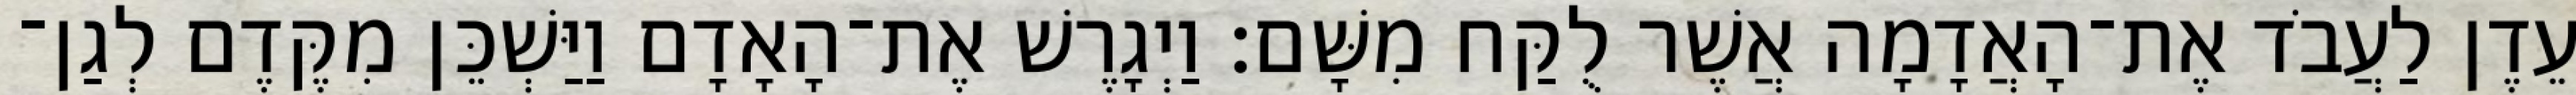
עֵדֶן לַעֲבֹד אֶת־הָאֲדָמָה אֲשֶׁר לֻקַּח מִשָּׁם׃ וַיְגָרֶשׁ אֶת־הָאָדָם וַיַּשְׁכֵּן מִקֶּדֶם לְגַן־